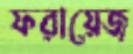
ফরায়েজ